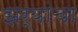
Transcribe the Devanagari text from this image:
झर्‍यांचा